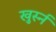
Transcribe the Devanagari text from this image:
खुर्स्न